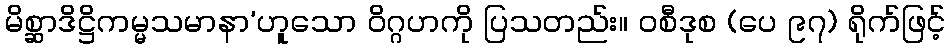
မိစ္ဆာဒိဋ္ဌိကမ္မသမာနာ’ဟူသော ဝိဂ္ဂဟကို ပြသတည်း။ ဝစီဒုစ (ပေ ၉၇) ရိုက်ဖြင့်